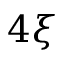
4 \xi